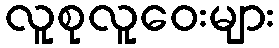
လူစုလူဝေးများ